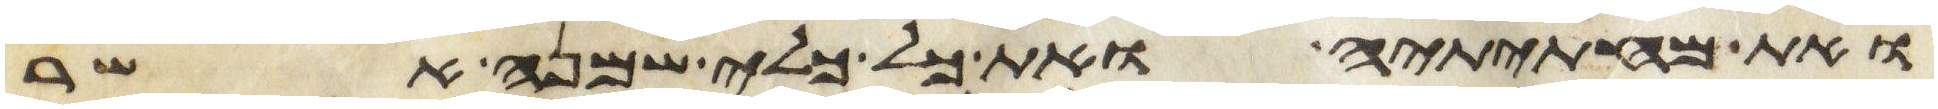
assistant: ואת מחתיתיה ואת כל כלי שמנה אשר